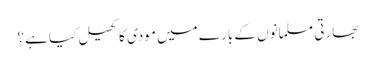
بھارتی مسلمانوں کے بارے میں مودی کا کھیل کیا ہے؟